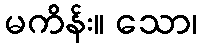
မကိန်း။ သော၊